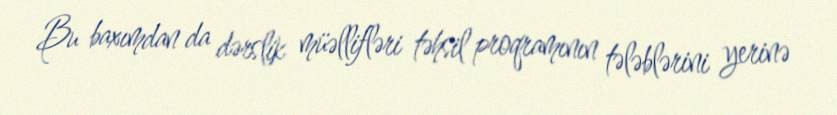
Bu baxımdan da dərslik müəllifləri təhsil proqramının tələblərini yerinə